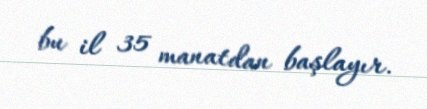
bu il 35 manatdan başlayır.